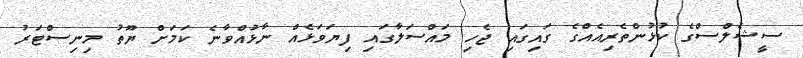
ސީޝެލްސްގެ ކުޅުންތެރިއެއްގެ ގައިގައި ޖެހި މައްސަލާގައި ފިޔަވަޅެއް ނާޅުއްވާނެ ކަމަށް ޔޫތު މިނިސްޓަރު